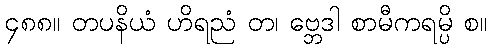
၄၈၈။ တပနိယံ ဟိရညံ တ၊ ဗ္ဘေဒါ စာမီကရမ္ပိ စ။